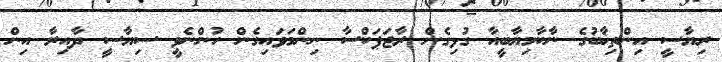
ރިޔާސީ އިންތިޚާބުގެ ނާކާމިޔާބީއާ ގުޅިގެން ރާޖަޕަކްސާ ނިންމަވައިގެން ހުންނެވީ ސިޔާސީ ދާއިރާ އިން